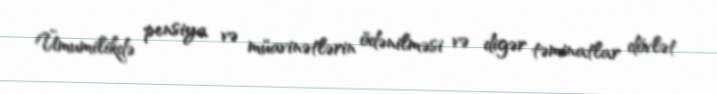
Ümumilikdə pensiya və müavinətlərin ödənilməsi və digər təminatlar dövlət